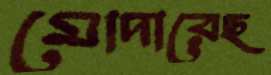
মোদারেছ